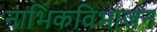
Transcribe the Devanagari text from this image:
नाभिकविभाजन